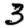
Digit: 3